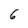
Character: 6